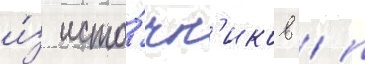
и́з исто́чн'иков / п